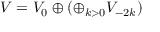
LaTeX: V = V _ { 0 } \oplus \left( \oplus _ { k > 0 } V _ { - 2 k } \right)